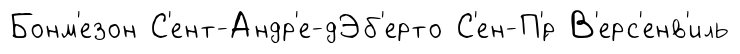
Бонм'езон С'ент-Андр'е-дЭб'ерто С'ен-П'́р В'ерс'енв'иль